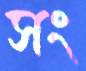
সং